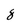
Character: 8